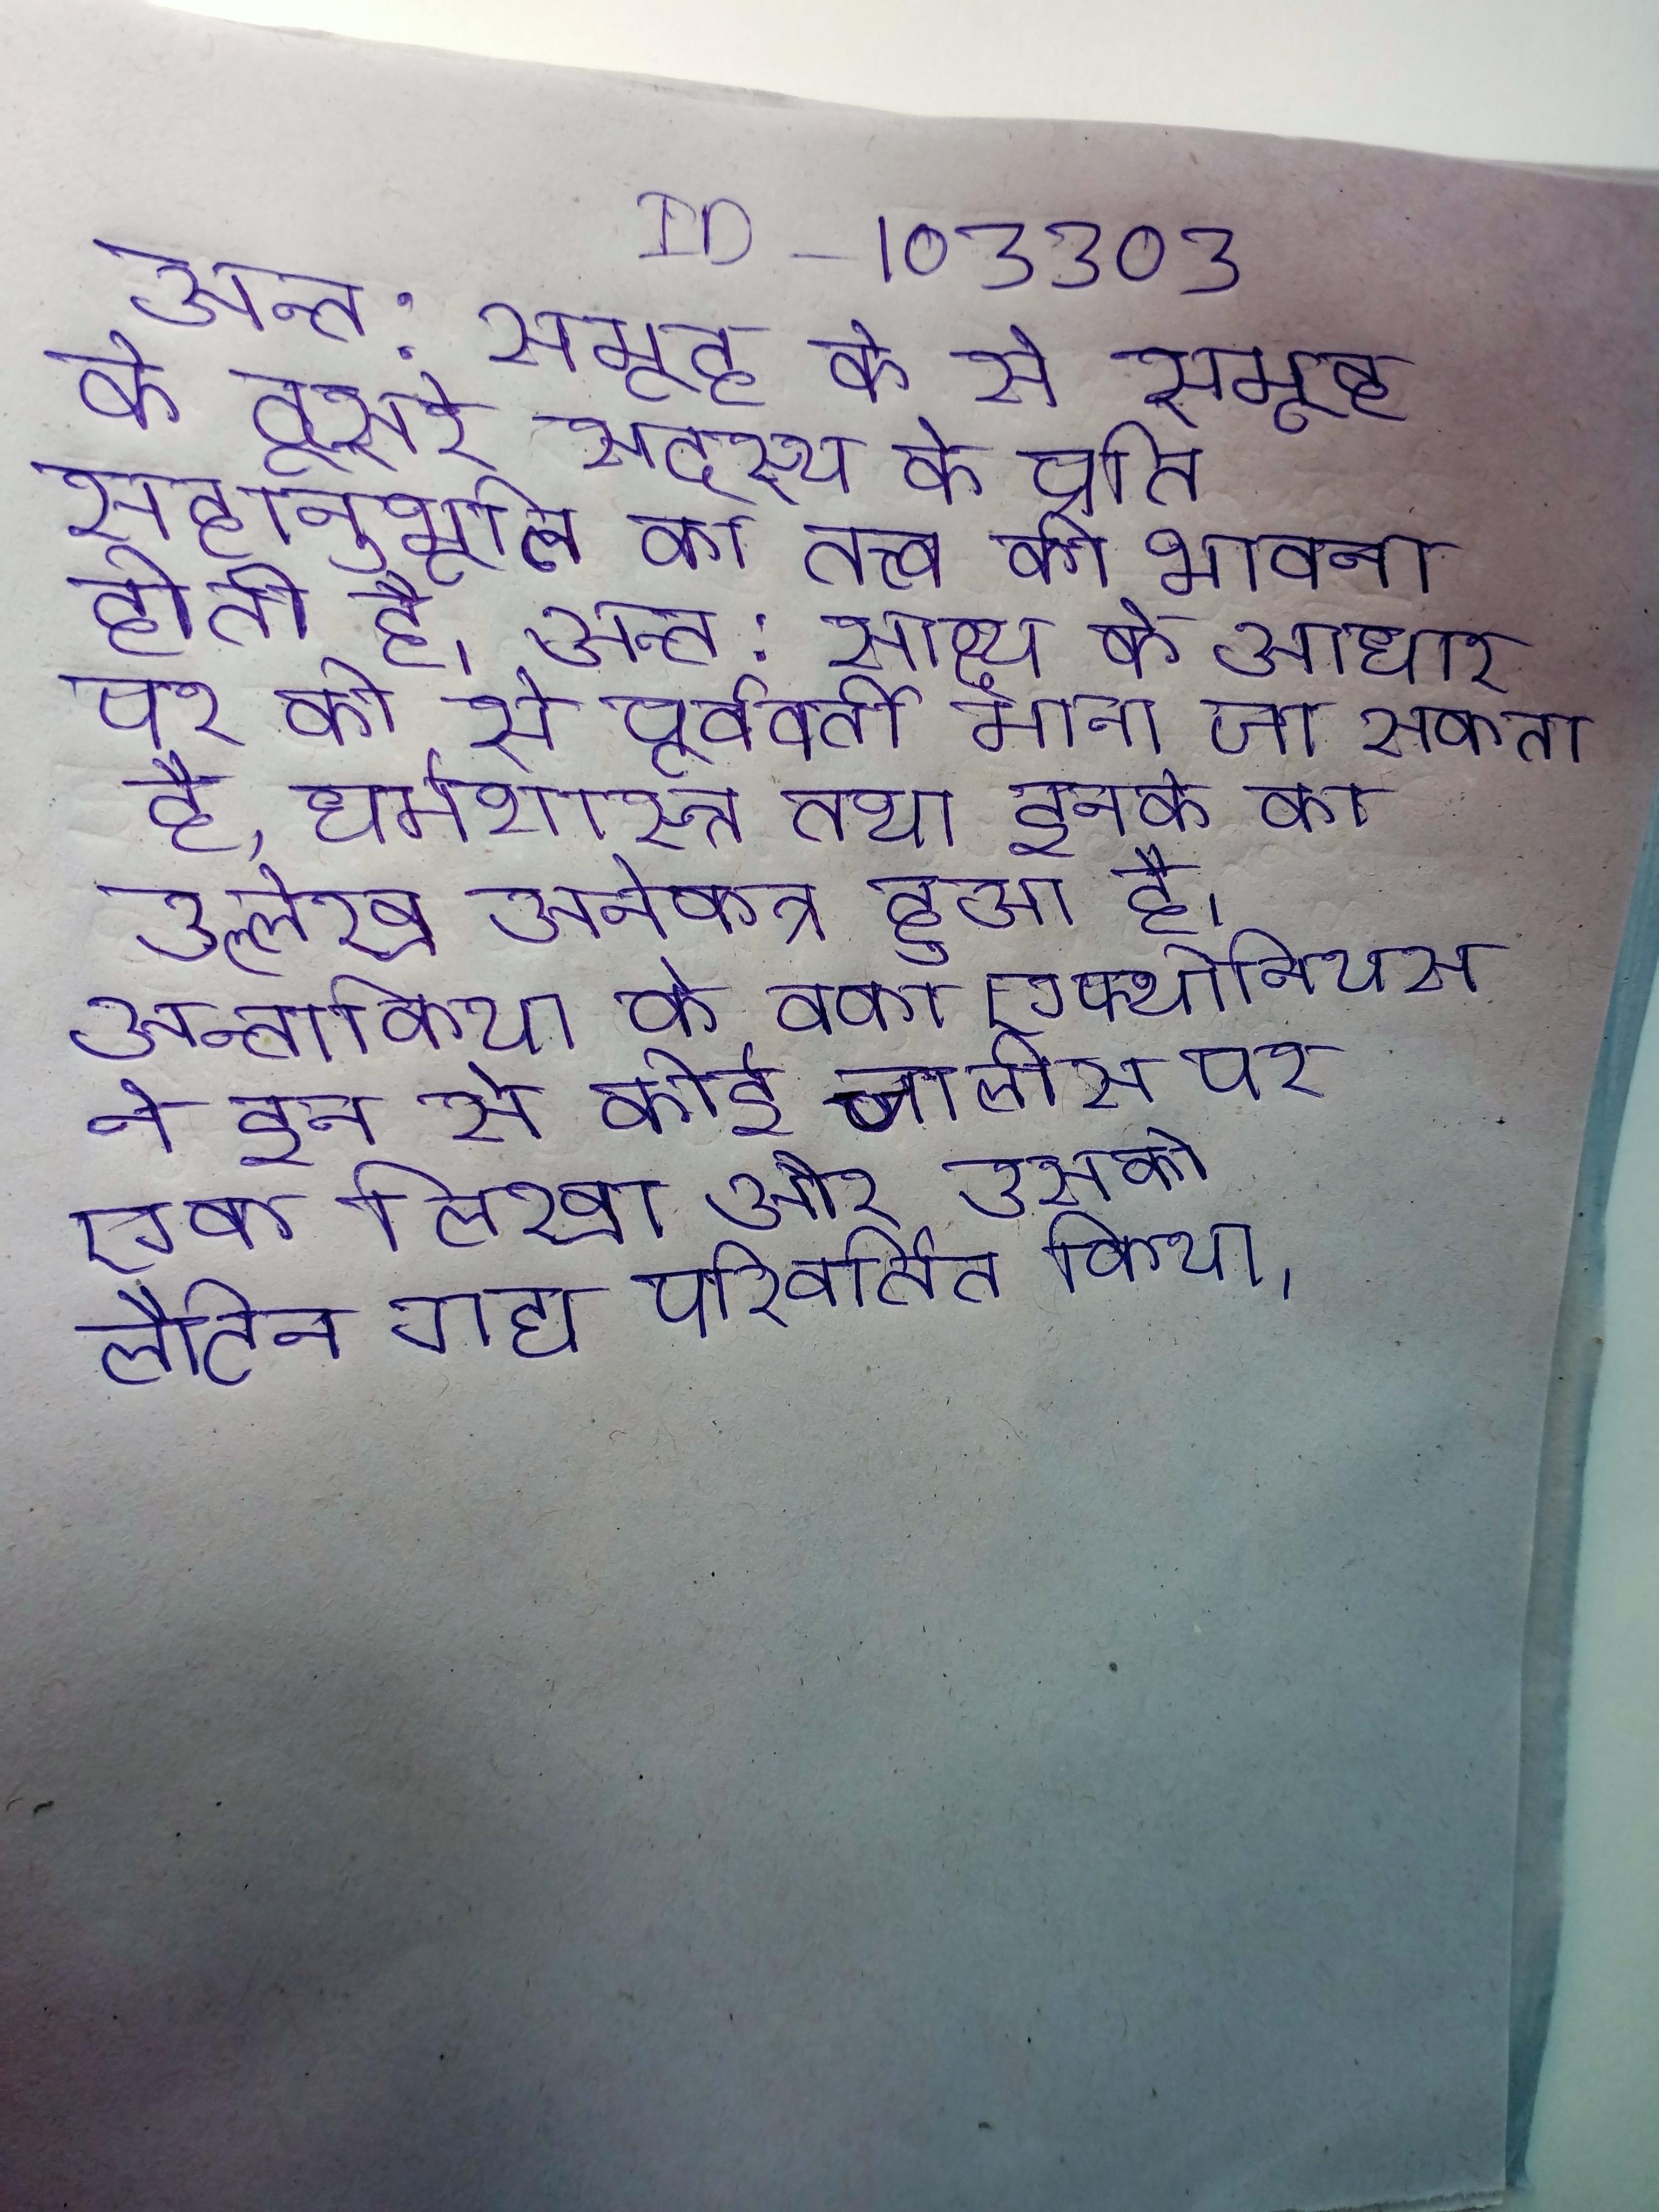
अन्त:समूह के से समूह के दूसरे सदस्य के प्रति सहानुभूति का तत्त्व की भावना होती है । अन्त: साक्ष्य के आधार पर को से पूर्ववर्ती माना जा सकता है, धर्मशास्त्र तथा इनके का उल्लेख अनेकत्र हुआ है । अन्ताकिया के वक्ता एफ्थोनियस ने इन से कोई चालीस पर एक लिखा और उसको लैटिन गद्य परिवर्तित किया ।